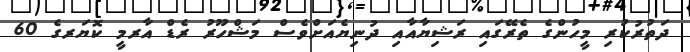
ދަތުރުކުރި މީހުންގެ ތެރޭގައި ރަޝިޔާއާއި ދުނިޔެއަށްވެސް މަޝްހޫރު ރެޑް އާރމީ ކޮޔަރގެ 60